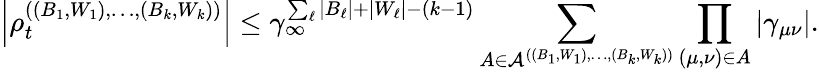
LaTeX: \left\vert\rho_{t}^{((B_{1},W_{1}),\ldots,(B_{k},W_{k}))}\right\vert\leq\gamma_{\infty}^{\sum_{\ell}|B_{\ell}|+|W_{\ell}|-(k-1)}\sum_{A\in\mathcal{A}^{((B_{1},W_{1}),\ldots,(B_{k},W_{k}))}}\prod_{(\mu,\nu)\in A}\left\vert\gamma_{\mu\nu}\right\vert.